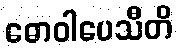
ဓောဝါပေသီတိ